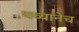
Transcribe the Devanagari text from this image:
थव्यानेच